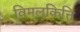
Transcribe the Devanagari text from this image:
विमलकित्ति